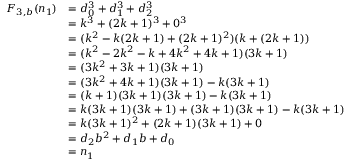
{ \begin{array} { r l } { F _ { 3 , b } ( n _ { 1 } ) } & { = d _ { 0 } ^ { 3 } + d _ { 1 } ^ { 3 } + d _ { 2 } ^ { 3 } } \\ & { = k ^ { 3 } + ( 2 k + 1 ) ^ { 3 } + 0 ^ { 3 } } \\ & { = ( k ^ { 2 } - k ( 2 k + 1 ) + ( 2 k + 1 ) ^ { 2 } ) ( k + ( 2 k + 1 ) ) } \\ & { = ( k ^ { 2 } - 2 k ^ { 2 } - k + 4 k ^ { 2 } + 4 k + 1 ) ( 3 k + 1 ) } \\ & { = ( 3 k ^ { 2 } + 3 k + 1 ) ( 3 k + 1 ) } \\ & { = ( 3 k ^ { 2 } + 4 k + 1 ) ( 3 k + 1 ) - k ( 3 k + 1 ) } \\ & { = ( k + 1 ) ( 3 k + 1 ) ( 3 k + 1 ) - k ( 3 k + 1 ) } \\ & { = k ( 3 k + 1 ) ( 3 k + 1 ) + ( 3 k + 1 ) ( 3 k + 1 ) - k ( 3 k + 1 ) } \\ & { = k ( 3 k + 1 ) ^ { 2 } + ( 2 k + 1 ) ( 3 k + 1 ) + 0 } \\ & { = d _ { 2 } b ^ { 2 } + d _ { 1 } b + d _ { 0 } } \\ & { = n _ { 1 } } \end{array} }